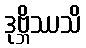
ဒုဗ္ဘိဿသိ